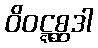
ဝိဝဋ္ဋစ္ဆဒါ